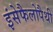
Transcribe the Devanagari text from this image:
इंसेफैलोपैथी